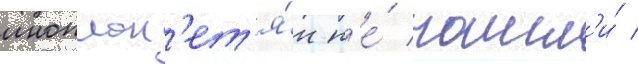
иноплан'ет'я́н н'е́ нашл'и́ /